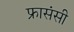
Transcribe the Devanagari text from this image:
फ्रासंसी